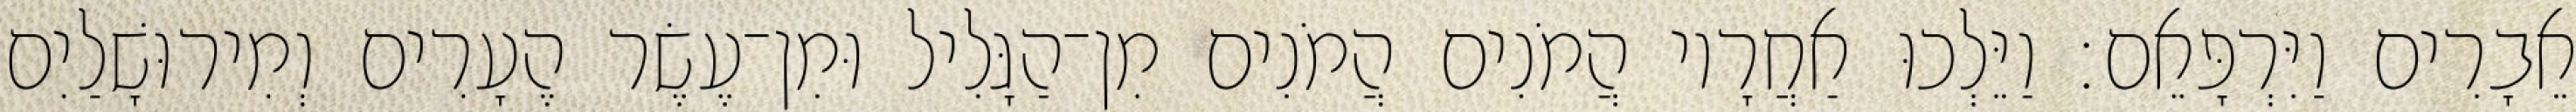
אֵבָרִים וַיִּרְפָּאֵם׃ וַיֵּלְכוּ אַחֲרָיו הֲמֹנִים הֲמֹנִים מִן־הַגָּלִיל וּמִן־עֶשֶׂר הֶעָרִים וְמִירוּשָׁלַיִם